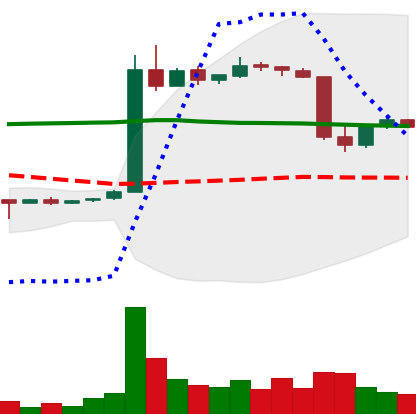
Ticker: LTC-USD
Chart end date: 2015-06-04
Forward return: 7.641%
Label: up_7plus